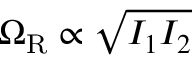
\Omega _ { \mathrm { R } } \propto \sqrt { I _ { 1 } I _ { 2 } }